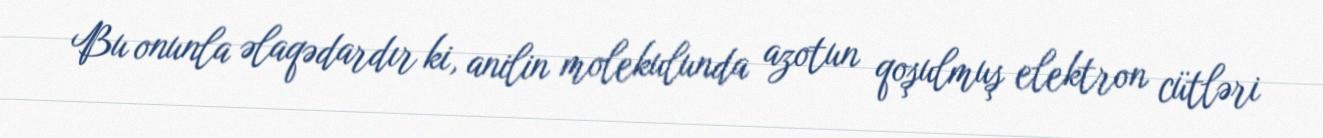
Bu onunla əlaqədardır ki, anilin molekulunda azotun qoşulmuş elektron cütləri